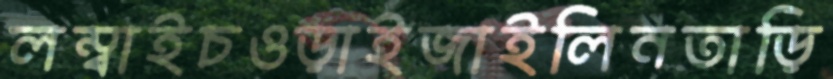
লম্বাইচওড়াইজাইলিনতাড়ি